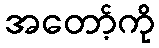
အတော့်ကို